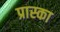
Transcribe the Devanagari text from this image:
प्रास्का